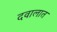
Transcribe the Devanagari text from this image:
दवालात